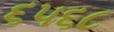
૬૫૬૮